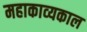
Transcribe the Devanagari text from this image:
महाकाव्‍यकाल